Scottish Leaving Certificate Examination, 1955
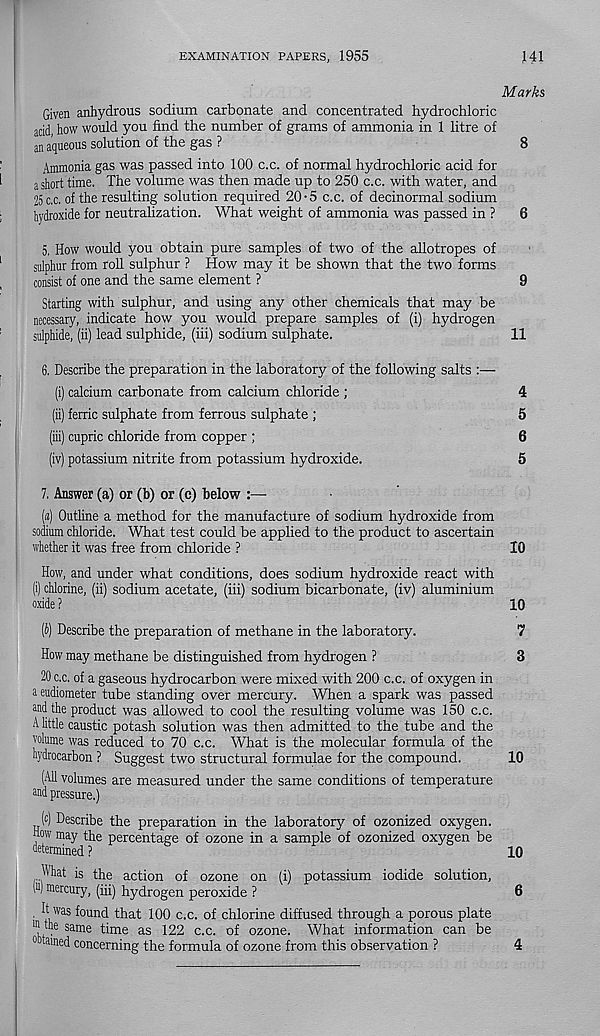
EXAMINATION PAPERS, 1955
141
Marks
Given anhydrous sodium carbonate and concentrated hydrochloric
acid, how would you find the number of grams of ammonia in 1 litre of
an aqueous solution of the gas ?
8
Ammonia gas was passed into 100 c.c. of normal hydrochloric acid for
a short time. The volume was then made up to 250 c.c. with water, and
25 c.c. of the resulting solution required 20-5 c.c. of decinormal sodium
hydroxide for neutralization. What weight of ammonia was passed in ?
6
5. How would you obtain pure samples of two of the allotropes of
sulphur from roll sulphur ? How may it be shown that the two forms
consist of one and the same element ?
9
Starting with sulphur, and using any other chemicals that may be
necessary, indicate how you would prepare samples of (i) hydrogen
sulphide, (ii) lead sulphide, (iii) sodium sulphate.
11
6. Describe the preparation in the laboratory of the following salts
(i) calcium carbonate from calcium chloride ;
4
(ii) ferric sulphate from ferrous sulphate ;
5
(iii) cupric chloride from copper ;
6
(iv) potassium nitrite from potassium hydroxide.
5
7. Answer (a) or (b) or (c) below :—
(«) Outline a method for the manufacture of sodium hydroxide from
sodium chloride. What test could be applied to the product to ascertain
whether it was free from chloride ?
10
How, and under what conditions, does sodium hydroxide react with
(i) chlorine, (ii) sodium acetate, (iii) sodium bicarbonate, (iv) aluminium
oxide ?
10
(b) Describe the preparation of methane in the laboratory.
7
How may methane be distinguished from hydrogen ?
3
20 c.c. of a gaseous hydrocarbon were mixed with 200 c.c. of oxygen in
a eudiometer tube standing over mercury. When a spark was passed
and the product was aHowed to cool the resulting volume was 150 c.c.
A little caustic potash solution was then admitted to the tube and the
volume was reduced to 70 c.c. What is the molecular formula of the
hydrocarbon ? Suggest two structural formulae for the compound.
10
(All volumes are measured under the same conditions of temperature
and pressure.)
(c) Describe the preparation in the laboratory of ozonized oxygen.
How may the percentage of ozone in a sample of ozonized oxygen be
determined ?
10
Mat is the action of ozone on (i) potassium iodide solution,
(u) mercury, (iii) hydrogen peroxide ?
6
. It was found that 100 c.c. of chlorine diffused through a porous plate
111 the same time as 122 c.c. of ozone. What information can be
0 tamed concerning the formula of ozone from this observation ?
4